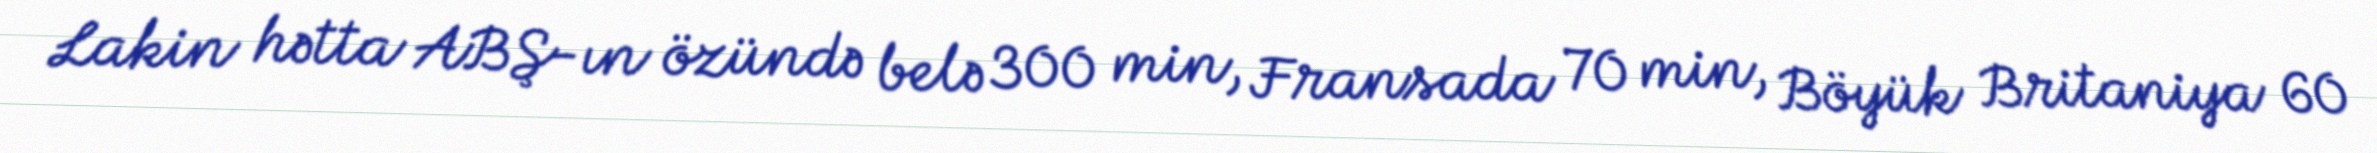
Lakin hətta ABŞ-ın özündə belə 300 min, Fransada 70 min, Böyük Britaniya 60